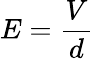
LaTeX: E={\frac{V}{d}}